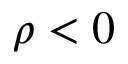
\rho < 0